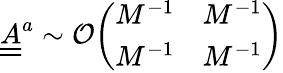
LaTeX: \underline{{\underline{{A}}}}^{a}\sim\mathcal{O}\begin{array}{l}{\left(\begin{array}{ll}{M^{-1}}&{M^{-1}}\\ {M^{-1}}&{M^{-1}}\end{array}\right)}\end{array}